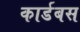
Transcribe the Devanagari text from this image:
कार्डबस